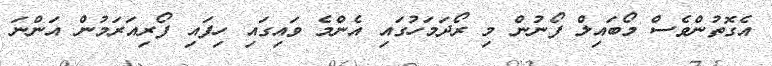
އެގޮތުންވެސް މޯބައިލް ފޯނުން މި ރޯދަމަހުގައި އެންމެ ވައިގައި ހިފައި ފޯރިއަރަމުން އަންނަ